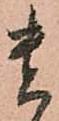
貴